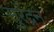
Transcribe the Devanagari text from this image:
सुरेंद्रन्